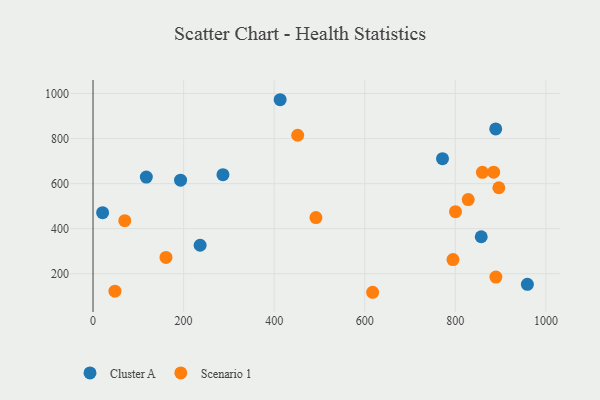
{"axis": {"x": "Engine Size", "y": "Fuel Efficiency"}, "legend": ["Cluster A", "Scenario 1"], "data": [{"x": "193.3", "y": 615.3, "type": "Cluster A"}, {"x": "413.2", "y": 972.5, "type": "Cluster A"}, {"x": "889.2", "y": 842.7, "type": "Cluster A"}, {"x": "771.7", "y": 710.6, "type": "Cluster A"}, {"x": "959.1", "y": 152.8, "type": "Cluster A"}, {"x": "286.9", "y": 639.9, "type": "Cluster A"}, {"x": "857.2", "y": 364.3, "type": "Cluster A"}, {"x": "21.2", "y": 471.2, "type": "Cluster A"}, {"x": "117.7", "y": 629.2, "type": "Cluster A"}, {"x": "236.5", "y": 326.5, "type": "Cluster A"}, {"x": "859.8", "y": 650.3, "type": "Scenario 1"}, {"x": "161.1", "y": 272.3, "type": "Scenario 1"}, {"x": "492.2", "y": 449.1, "type": "Scenario 1"}, {"x": "828.5", "y": 529.2, "type": "Scenario 1"}, {"x": "889.6", "y": 185.1, "type": "Scenario 1"}, {"x": "884.6", "y": 650.7, "type": "Scenario 1"}, {"x": "617.4", "y": 117.7, "type": "Scenario 1"}, {"x": "48.4", "y": 122.4, "type": "Scenario 1"}, {"x": "70.1", "y": 435.5, "type": "Scenario 1"}, {"x": "800.4", "y": 475.3, "type": "Scenario 1"}, {"x": "794.8", "y": 262.8, "type": "Scenario 1"}, {"x": "451.9", "y": 814.9, "type": "Scenario 1"}, {"x": "896.1", "y": 581.7, "type": "Scenario 1"}]}